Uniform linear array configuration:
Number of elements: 32
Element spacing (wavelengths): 0.5
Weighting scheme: hamming
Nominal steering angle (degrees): -15
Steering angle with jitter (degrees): -13.454
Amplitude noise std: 0.05
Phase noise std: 0.05

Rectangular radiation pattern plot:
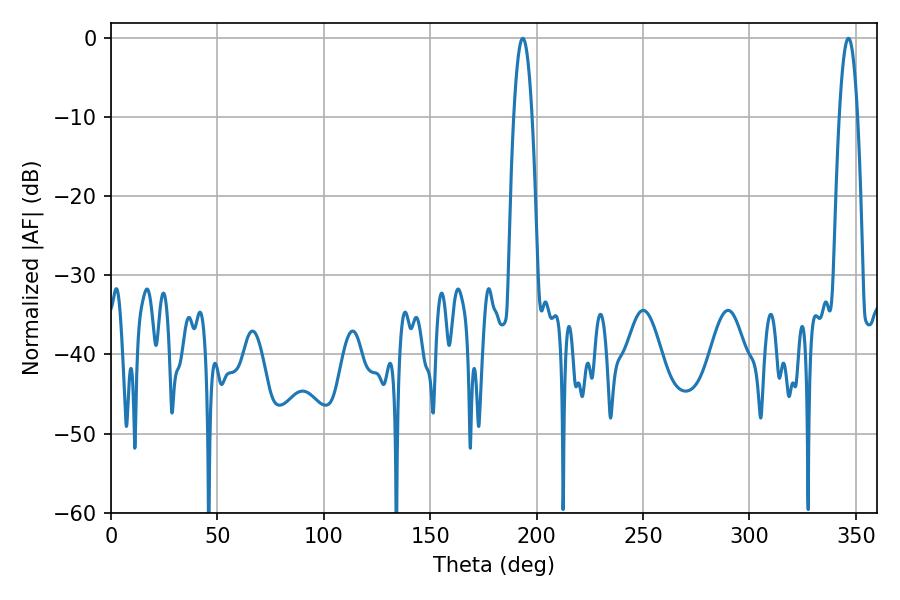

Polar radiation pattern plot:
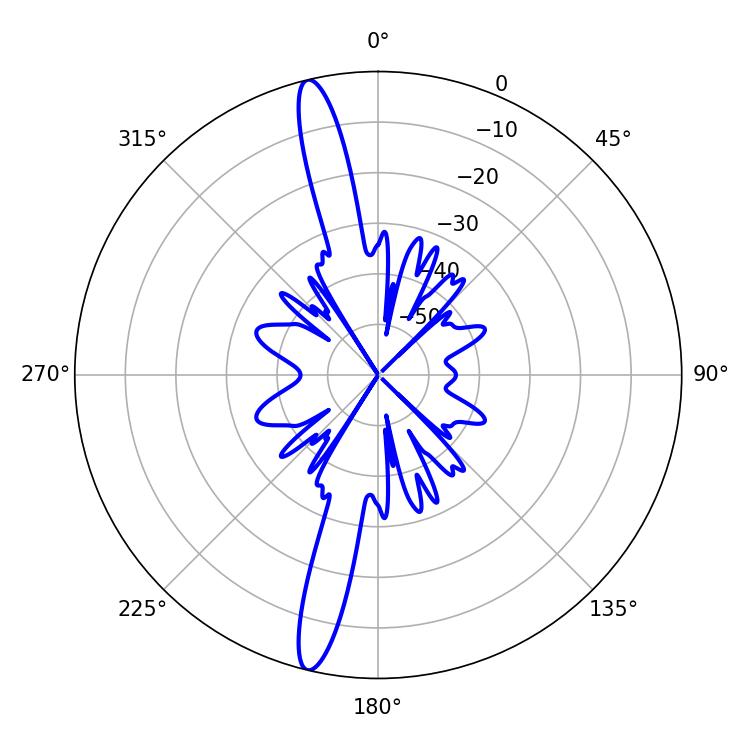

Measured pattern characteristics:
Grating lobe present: FALSE
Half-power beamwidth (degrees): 4.68
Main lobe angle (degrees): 193.5